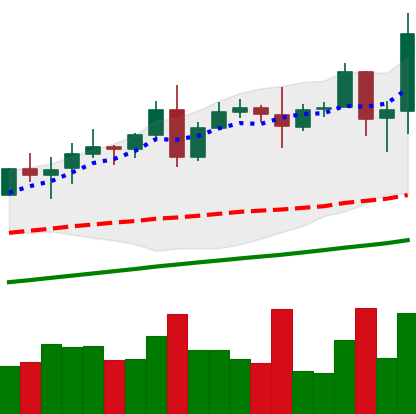
Ticker: TRX-USD
Chart end date: 2020-08-13
Forward return: 27.413%
Label: up_7plus